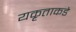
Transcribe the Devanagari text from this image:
यकृताकडे